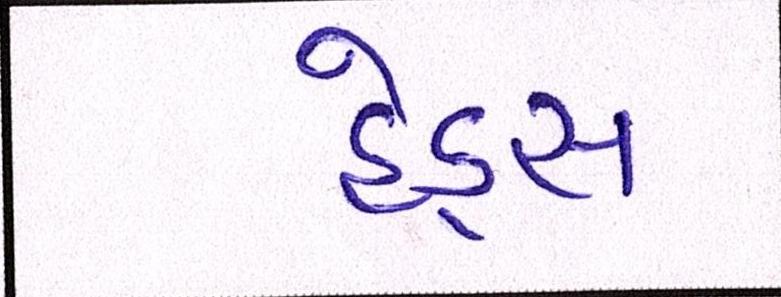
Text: હેડ્સ